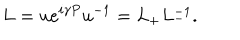
LaTeX: L = u e ^ { i \gamma P } u ^ { - 1 } = L _ { + } L _ { - } ^ { - 1 } .